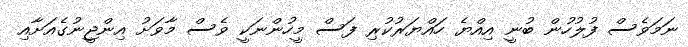
ނަމަވެސް ފުލުހުން ބުނީ އިއްޔެ ހައްޔަރުކުރި ފަސް މީހުންނަކީ ވެސް މާވަށު އިންޖީނުގެއަށާއި